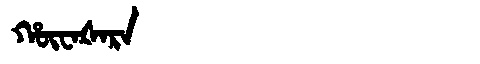
Manchu: ᡥᡡᠸᠠᡧᠠᡵᠠ
Romanization: HŪWAŠARA